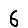
Digit: 6